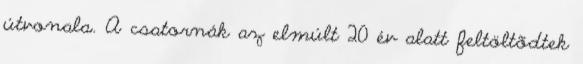
útvonala. A csatornák az elmúlt 20 év alatt feltöltõdtek